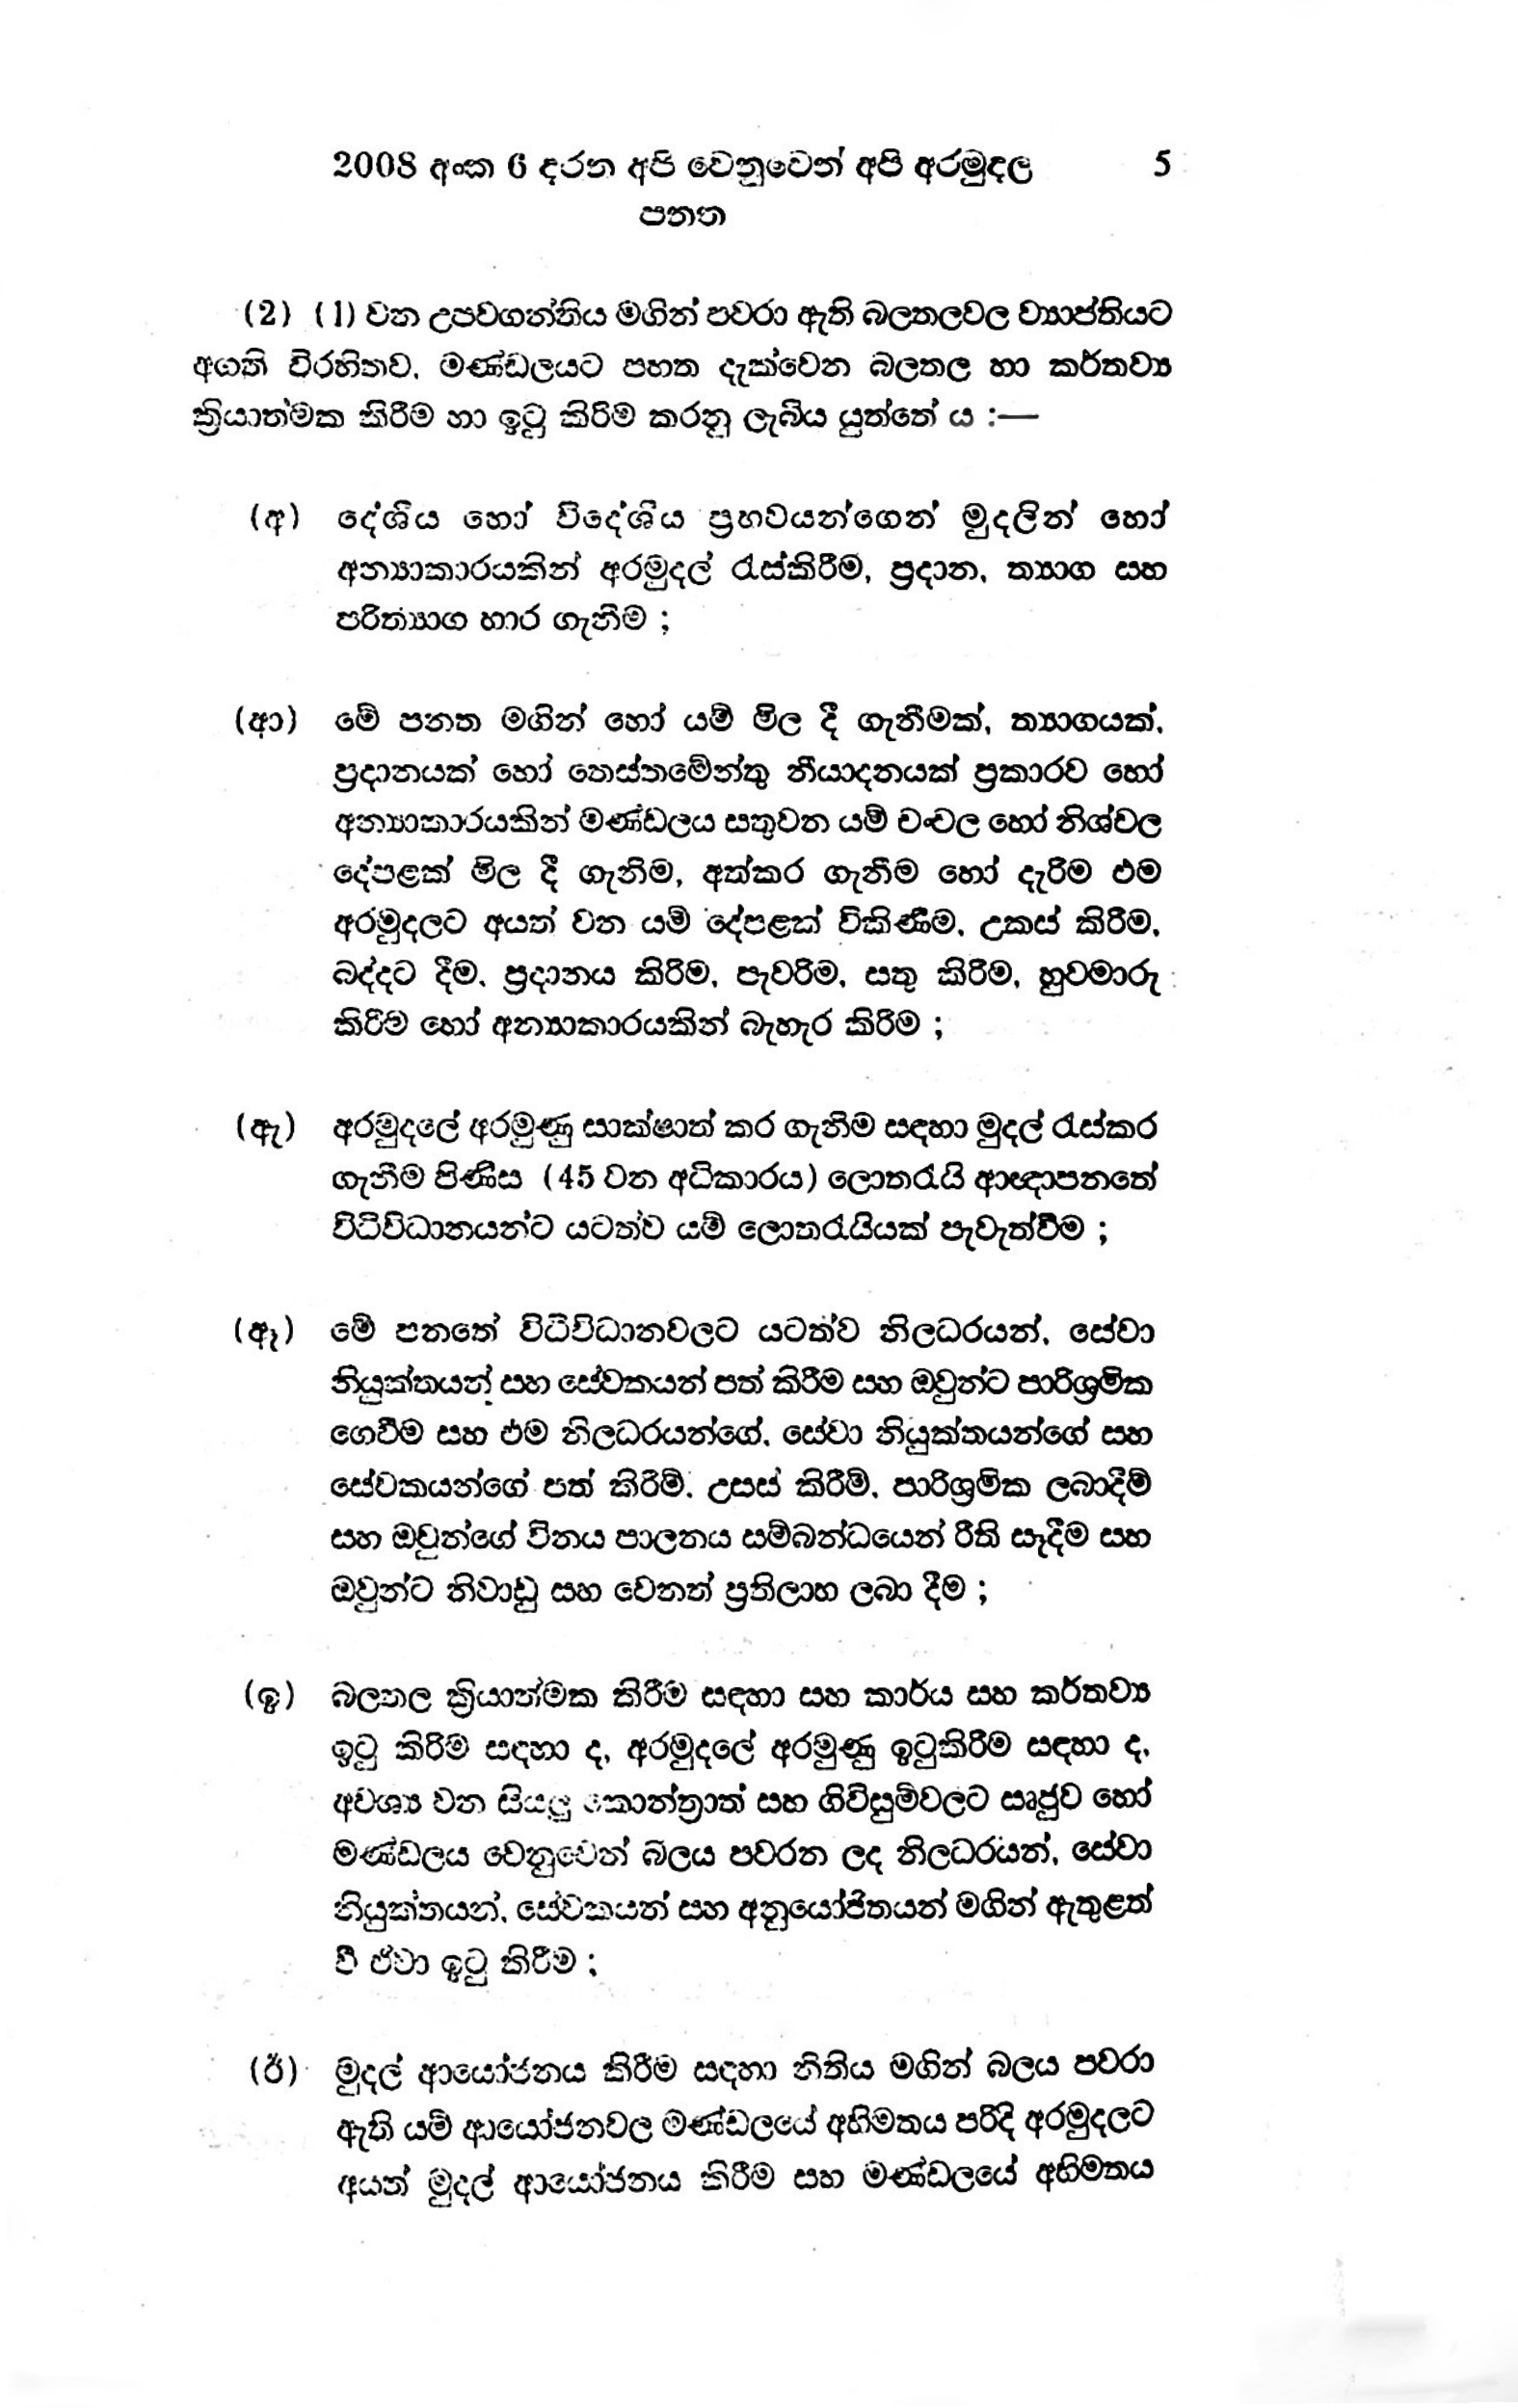
2008 අංක 6 දරන අපි වෙනුවෙන් අපි අරමුදල 5
පතත

(2) (1) වන උපවගන්තිය මගින් පවරා ඇති බලතලවල ව්‍යාප්තියට
අගති විරහිතව, මණ්ඩලයට පහත දැක්වෙන බලතල හා කර්තව්‍ය
ක්‍රියාත්මක කිරීම හා ඉටු කිරිම කරනු ලැබිය යුත්තේ ය :−

(අ) දේශීය හෝ විදේශීය ප්‍රභවයන්ගෙන් මුදලින් හෝ
අන්‍යාකාරයකින් අරමුදල් රැස් කිරීම, ප්‍රදාන, ත්‍යාග සහ
පරිත්‍යාග භාර ගැනීම ;

(ආ) මේ පනත මගින් හෝ යම් මිල දී ගැනීමක්, ත්‍යාගයක්,
ප්‍රදානයක් හෝ තෙස්තමේන්තු නියාදනයක් ප්‍රකාරව හෝ
අන්‍යාකාරයකින් මණ්ඩලය සතුවන යම් චංචල හෝ නිශ්චල
දේපළක් මිල දී ගැනීම, අත්කර ගැනීම හෝ දැරීම එම
අරමුදලට අයත් වන යම් දේපළක් විකිණීම, උකස් කිරීම,
බද්දට දීම, ප්‍රදානය කිරිම, පැවරිම, සතු කිරීම, හුවමාරු
කිරීම හෝ අන්‍යාකාරයකින් බැහැර කිරීම ;

(ඇ) අරමුදලේ අරමුණු සාක්ෂාත් කර ගැනිම සඳහා මුදල් රැස්කර
ගැනීම පිණිස (45 වන අධිකාරය) ලොතරැයි ආඥාපනතේ
විධිවිධානයන්ට යටත්ව යම් ලොතරැයියක් පැවැත්වීම ;

(ඈ) මේ පනතේ විධිවිධානවලට යටත්ව නිලධරයන්, සේවා
නියුක්තයන් සහ සේවකයන් පත් කිරීම සහ ඔවුන්ට පාරිශ්‍රමික
ගෙවීම සහ එම නිලධරයන්ගේ, සේවා නියුක්තයන්ගේ සහ
සේවකයන්ගේ පත් කිරීම්, උසස් කිරීම, පාරිශ්‍රමික ලබාදීම්
සහ ඔවුන්ගේ විනය පාලනය සම්බන්ධයෙන් රීති සෑදීම සහ
ඔවුන්ට නිවාඩු සහ වෙනත් ප්‍රතිලාභ ලබා දීම ;

(ඉ) බලතල ක්‍රියාත්මක කිරීම සඳහා සහ කාර්ය සහ කර්තව්‍ය
ඉටු කිරිම සඳහා ද, අරමුදලේ අරමුණු ඉටු කිරීම සඳහා ද,
අවශ්‍ය වන සියලු කොන්ත්‍රාත් සහ ගිවිසුම්වලට සෘජුව හෝ
මණ්ඩලය වෙනුවෙන් බලය පවරන ලද නිලධරයන්, සේවා
නියුක්තයන්, සේවකයන් සහ අනුයෝජිතයන් මගින් ඇතුළත්
වී ඒවා ඉටු කිරීම:

(ර්) මුදල් ආයෝජනය කිරීම සඳහා නීතිය මගින් බලය පවරා
ඇති යම් ආයෝජනවල මණ්ඩලයේ අභිමතය පරිදි අරමුදලට
අයත් මුදල් ආයෝජනය කිරීම සහ මණ්ඩලයේ අභිමතය